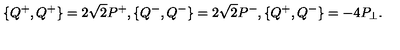
\{ Q ^ { + } , Q ^ { + } \} = 2 \sqrt { 2 } P ^ { + } , \{ Q ^ { - } , Q ^ { - } \} = 2 \sqrt { 2 } P ^ { - } , \{ Q ^ { + } , Q ^ { - } \} = - 4 P _ { \perp } .